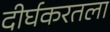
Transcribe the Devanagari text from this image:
दीर्घकरतला